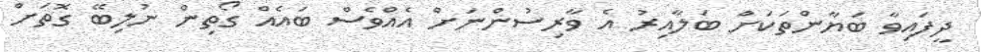
ދީފައިވާ ބަޔާންތަކަށް ބަލާއިރު އެ ވާރިސުންނަށް އެއްވެސް ބައެއް ގޯތިން ނުލިބޭ ގޮތަށް